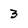
Character: 3